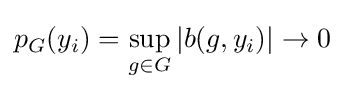
p_{G}(y_{i})=\sup _{g\in G}|b(g,y_{i})|\to 0